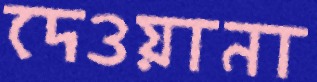
দেওয়ানা